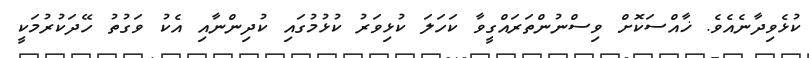
ކުޅެވިދާނެއެވެ. ޚާއްސަކޮށް ވިސްނުންތަރައްގީވާ ކަހަލަ ކުޅިވަރު ކުޅުމުގައި ކުދިންނާއި އެކު ވަގުތު ހޭދަކުރުމަކީ